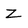
Character: Z